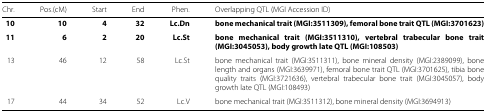
| Chr. | Pos.(cM) | Start | End | Phen. | Overlapping QTL (MGI Accession ID) |
 | --- | --- | --- | --- | --- | --- |
 | 10 | 10 | 4 | 32 | Lc.Dn | bone mechanical trait (MGI:3511309), femoral bone trait QTL (MGI:3701623) |
 | 11 | 6 | 2 | 20 | Lc.St | bone mechanical trait (MGI:3511310), vertebral trabecular bone trait (MGI:3045053), body growth late QTL (MGI:108503) |
 | 13 | 46 | 12 | 58 | Lc.St | bone mechanical trait (MGI:3511311), bone mineral density (MGI:2389099), bone length and organs (MGI:3639971), femoral bone trait QTL (MGI:3701625), tibia bone quality traits (MGI:3721636), vertebral trabecular bone trait (MGI:3045057), body growth late QTL (MGI:108493) |
 | 17 | 44 | 34 | 52 | Lc.V | bone mechanical trait (MGI:3511312), bone mineral density (MGI:3694913) |